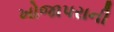
ખોજાપરાની